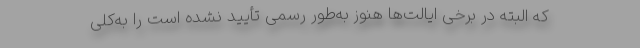
که البته در برخی ایالت‌ها هنوز به‌طور رسمی تأیید نشده است را به‌کلی